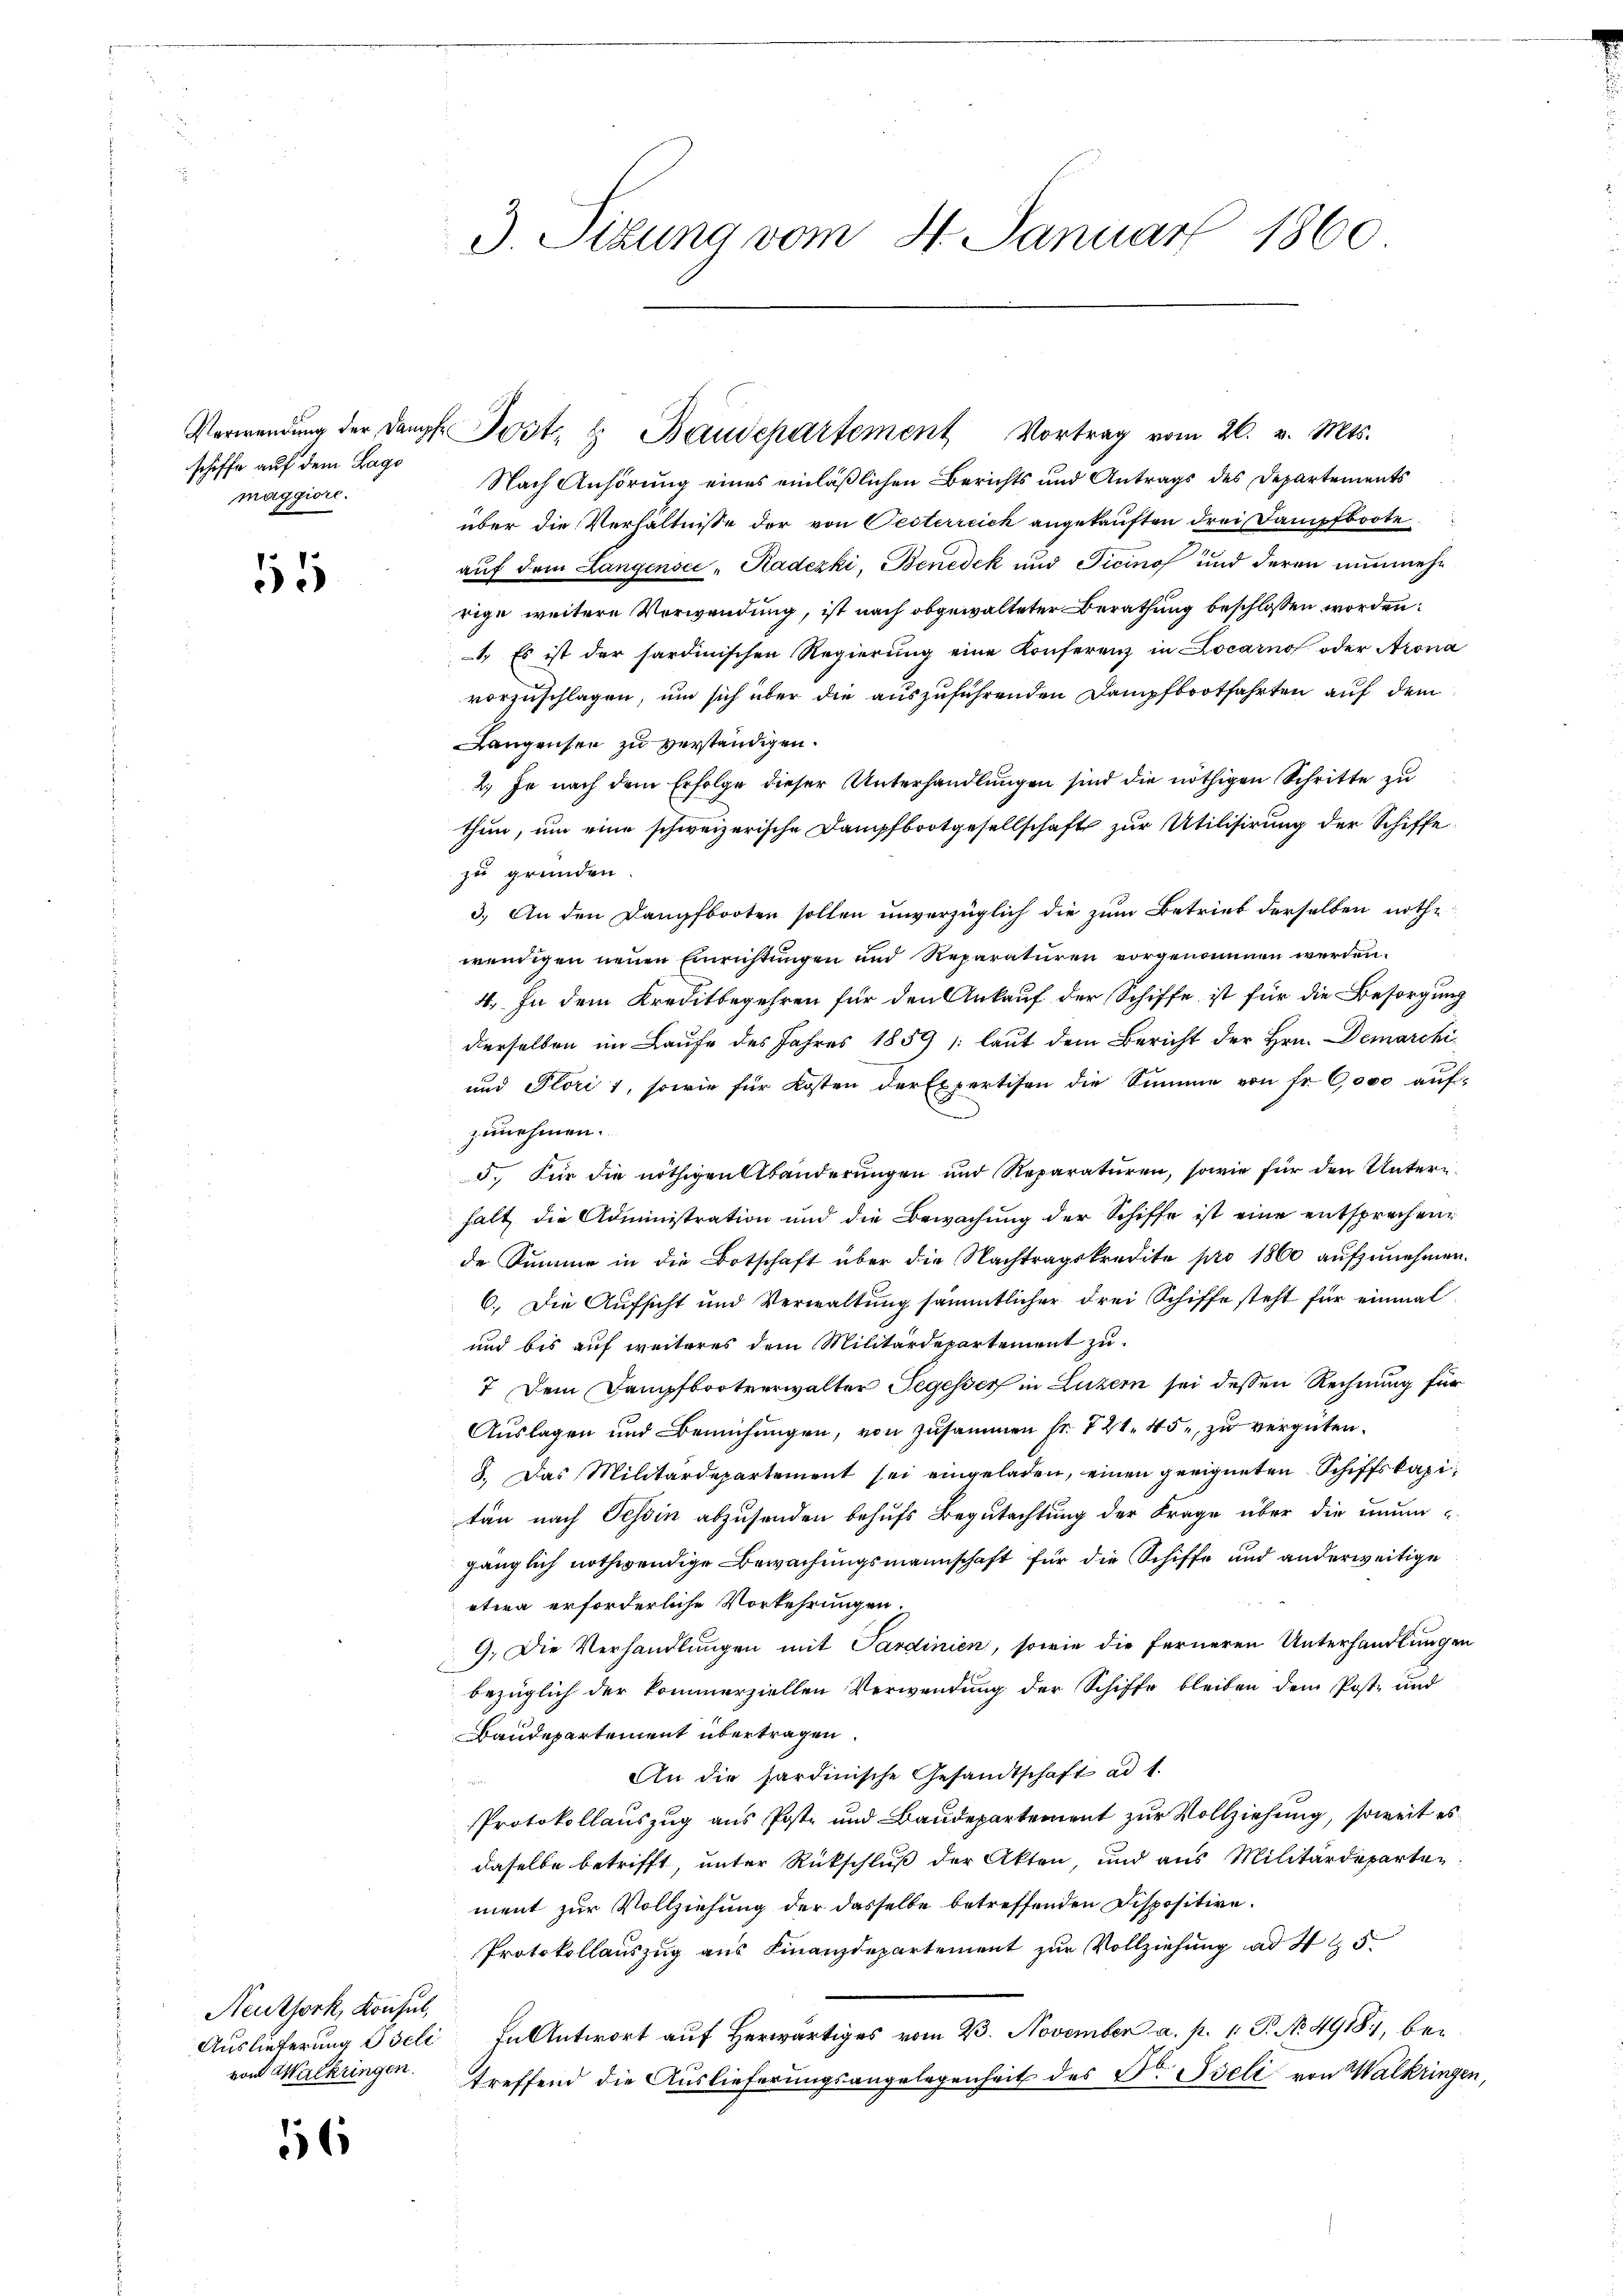
schiffe auf dem Lage
maggiore.

51

Neuthork, Konsul,
von Walkringen.

16

3. Sizung vom 8. Januar 1860

Nach Anhörung eines einläßlichen Berichts und Antrags des Departements
über die Verhältnisse der von Oesterreich angekauften drei Dampfboote
auf dem Langensee " Kadezki, Benedek und Ticinos und deren nunmehr
rige weitere Verwendung, ist nach obgewalteter Berathung beschlossen worden:
1. Es ist der sardinischen Regierung eine Konferenz in Locarno oder Arona
vorzuschlagen, um sich über die auszuführenden Dampfbootfahrten auf dem
Langensee zu verständigen.
2.) Je nach dem Erfolge dieser Unterhandlungen sind die nöthigen Schritte zu
thun, um eine schweizerische Dampfbootgesellschaft zur Utilisirung der Schiffe
zu gründen
3.) An den Dampfbooten sollen unverzüglich die zum Betrieb derselben nothe
wendigen neuen Einrichtungen und Reparaturen vorgenommen werden.
4. In dem Kreditbegehren für den Ankauf der Schiffe ist für die Besorgung
derselben im Laufe des Jahres 1859 (laut dem Bericht der Hrn. Demarchi¬
und Plöri 1, sowie für Kosten der Expertisen die Summe von Fr. 6000 auf-
zunehmen.
3. Für die nöthigen Abänderungen und Reparaturen, sowie für den Unterhalt die Administration und die Bewachung der Schiffe ist eine entsprechende Summe in die Botschaft über die Nachtragskredite pro 1860 aufzunehmen.
6. Die Aufsicht und Verwaltung sämmtlicher drei Schiffe steht für einmal
und bis auf weiteres dem Militärdepartement zu
7. Dem Dampfbootverwalter Segesser in Luzern sei dessen Rechnung für
Auslagen und Bemühungen, von zusammen fr. 721. 45. zu vergüten.
8. Das Militärdepartement sei eingeladen, einen geeigneten Schiffskapitän nach Tessin abzusenden behufs Begutachtung der Frage über die unumgänglich nothwendige Bewachungsmannschaft für die Schiffe und anderweitige
etwa erforderliche Vorkehrungen.
9. Die Verhandlungen mit Sardinien, sowie die ferneren Unterhandlungen
bezüglich der kommerziellen Verwendung der Schiffe bleiben dem Post- und
Baudepartement übertragen
An die sardinische Gesandtschaft ad 1.
Protokollauszug aus Post- und Baudepartement zur Vollziehung, soweit es
daselbe betrifft, unter Rückschluß der Akten, und aus Militärdeparten
ment zur Vollziehung der dasselbe betreffenden Dispositive.
Protokollauszug aus Finanzdepartement zur Vollziehung ad 4 & 5
Auslieferung Iseli in Antwort auf Herwärtiges vom 23. November a. p. 1. P. No. 49181, betreffend die Auslieferungsangelegenheit des Dr. Iseli von Walkringen,

Verwendŭng der Dampf Post. H. Baudepartement Vortrag vom 26. v. Mts.